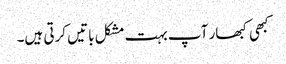
کبھی کبھار آپ بہت مشکل باتیں کرتی ہیں۔